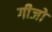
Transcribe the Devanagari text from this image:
गीजो